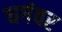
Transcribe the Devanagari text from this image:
धगंवर